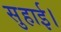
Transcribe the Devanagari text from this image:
सुहाई।